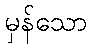
မှန်သော